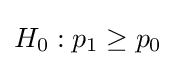
H_{0}:p_{1}\geq p_{0}